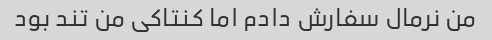
من نرمال سفارش دادم اما کنتاکی من تند بود